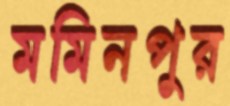
মমিনপুর